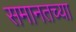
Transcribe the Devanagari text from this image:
समानतच्या